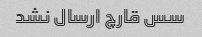
سس قارچ ارسال نشد